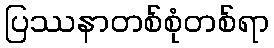
ပြဿနာတစ်စုံတစ်ရာ